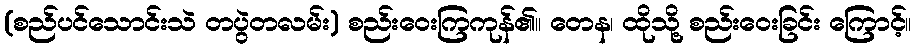
(စည်ပင်သောင်းသဲ တပွဲတလမ်း) စည်းဝေးကြကုန်၏။ တေန၊ ထိုသို့ စည်းဝေးခြင်း ကြောင့်။